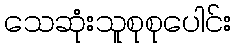
သေဆုံးသူစုစုပေါင်း